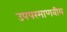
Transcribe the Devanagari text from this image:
उपपरमाणवीय